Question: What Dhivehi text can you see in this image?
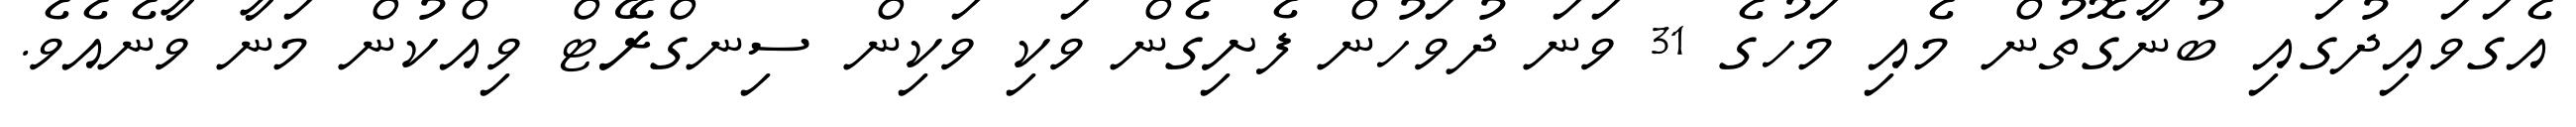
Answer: އެގަވައިދުގައި ބުނާގޮތުން މެއި މަހުގެ 31 ވަނަ ދުވަހުން ފެށިގެން ވަކި ވަކިން ސިނގްރޭޓް ވިއްކުން މަނާ ވާނެއެވެ.